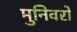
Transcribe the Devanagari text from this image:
मुनिवरों